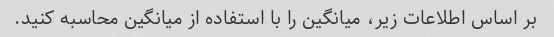
بر اساس اطلاعات زیر، میانگین را با استفاده از میانگین محاسبه کنید.